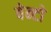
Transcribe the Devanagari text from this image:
बेन्टो